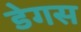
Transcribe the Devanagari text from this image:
डेगस